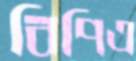
বিপিএ